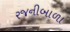
રજનીબાળા